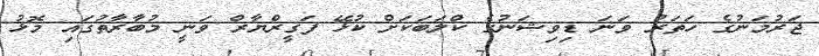
ޖަރުމަނުގެ ހަތަރު ވަނަ ޑިވިޝަނުގެ ކްލަބަކަށް ކުޅޭ ފަގީރްޔާރް ވަނީ މުބާރާތުގައި މޮޅު